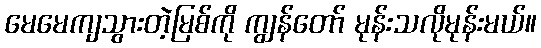
မေမေကျသွားတဲ့မြစ်ကို ကျွန်တော် မုန်းသလိုမုန်းမယ်။